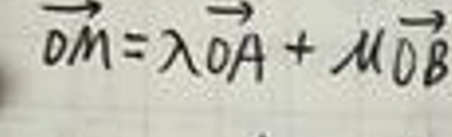
\overrightarrow{OM}=\lambda\overrightarrow{OA}+\mu\overrightarrow{OB}